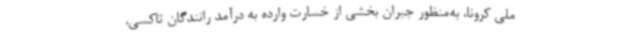
ملی کرونا، به‌منظور جبران بخشی از خسارت وارده به درآمد رانندگان تاکسی،